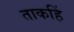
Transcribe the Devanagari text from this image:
ताकहिं